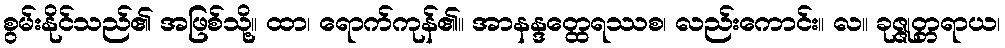
စွမ်းနိုင်သည်၏ အဖြစ်သို့။ ထာ၊ ရောက်ကုန်၏။ အာနန္ဒတ္ထေရဿစ၊ လည်းကောင်း။ လ။ ခုဇ္ဇုတ္တရာယ၊